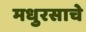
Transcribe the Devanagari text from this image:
मधुरसाचे